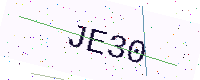
Text: JE30